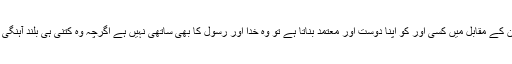
اگر کوئی شخص اہل ایمان کے مقابل میں کسی اور کو اپنا دوست اور معتمد بناتا ہے تو وہ خدا اور رسول کا بھی ساتھی نہیں ہے اگرچہ وہ کتنی ہی بلند آہنگی سے اس کا دعویٰ کرے۔